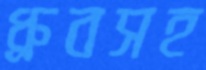
ধ্রুবসহ